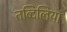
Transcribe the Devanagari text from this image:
तब्दिलियां